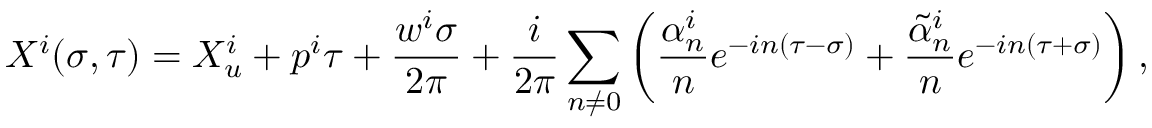
X ^ { i } ( \sigma , \tau ) = X _ { u } ^ { i } + p ^ { i } \tau + \frac { w ^ { i } \sigma } { 2 \pi } + \frac { i } { 2 \pi } \sum _ { n \neq 0 } \left( \frac { \alpha _ { n } ^ { i } } { n } e ^ { - i n ( \tau - \sigma ) } + \frac { { \tilde { \alpha } } _ { n } ^ { i } } { n } e ^ { - i n ( \tau + \sigma ) } \right) ,